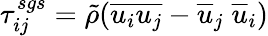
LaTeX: \tau_{ij}^{sgs}=\tilde{\rho}(\overline{{u_{i}u_{j}}}-\overline{{u}}_{j}\; \overline{{u}}_{i})